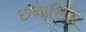
છમાસિક